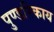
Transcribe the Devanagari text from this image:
पुण्डरिकाय